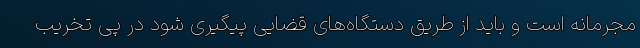
مجرمانه است و باید از طریق دستگاه‌های قضایی پیگیری شود در پی تخریب